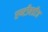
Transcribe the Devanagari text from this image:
एण्टीबडीज